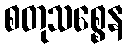
စတုသစ္စေန